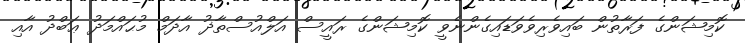
ކޮމިޝަންގެ ފަރާތުން ބައިވެރިވެވަޑައިގެންނެވީ ކޮމިޝަންގެ ރައީސް އަލްއުސްތާޛު އާދަމް މުޙައްމަދު ޢަބްދު އާއި